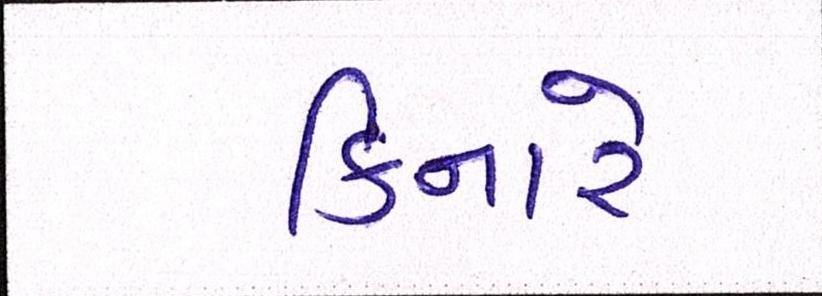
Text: કિનારે